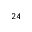
^ { 2 4 }